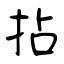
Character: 拈